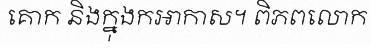
គោក និងក្នុងកអាកាស។ ពិភពលោក